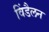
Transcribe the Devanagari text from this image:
विंडैलन